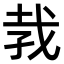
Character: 𪭋